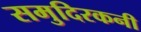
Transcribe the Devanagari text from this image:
समुदिरकनी